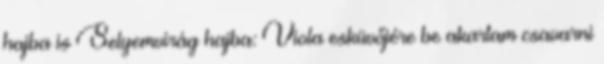
hajba is Selyemvirág hajba: Viola esküvőjére be akartam csavarni